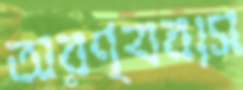
অরণ্যবাস